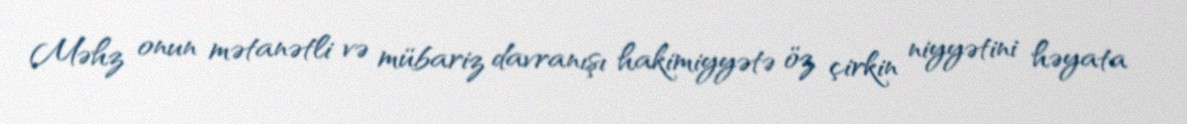
Məhz onun mətanətli və mübariz davranışı hakimiyyətə öz çirkin niyyətini həyata